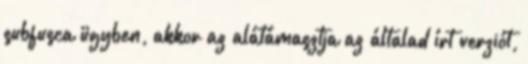
subfusca ügyben, akkor az alátámasztja az általad írt verziót,